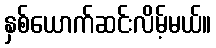
နှစ်ယောက်ဆင်းလိမ့်မယ်။